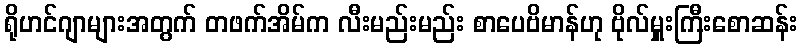
ရိုဟင်ဂျာများအတွက် တဖက်အိမ်က လီးမည်းမည်း စာပေဗိမာန်ဟု ဗိုလ်မှူးကြီးစောဆန်း